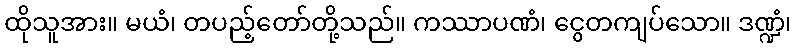
ထိုသူအား။ မယံ၊ တပည့်တော်တို့သည်။ ကဿာပဏံ၊ ငွေတကျပ်သော။ ဒဏ္ဍံ၊